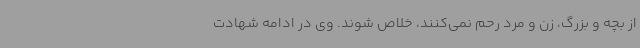
از بچه و بزرگ، زن و مرد رحم نمی‌کنند، خلاص شوند. وی در ادامه شهادت